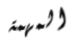
المهمة